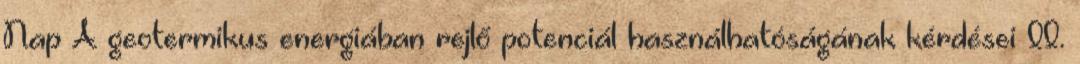
Nap A geotermikus energiában rejlő potenciál használhatóságának kérdései II.